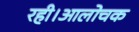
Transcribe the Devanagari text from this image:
रही।आलोचक